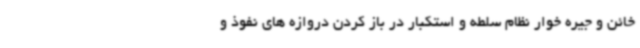
خائن و جیره خوار نظام سلطه و استکبار در باز کردن دروازه های نفوذ و